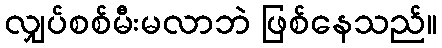
လျှပ်စစ်မီးမလာဘဲ ဖြစ်နေသည်။